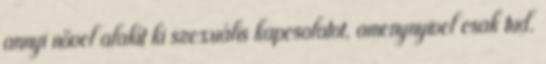
annyi nővel alakít ki szexuális kapcsolatot, amenynyivel csak tud.